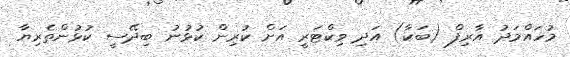
މުހައްމަދު އާރިފް (ބަކާ) އަދި ވިކްޓަރީ އަށް ކުރިން ކުޅުނު ބިދޭސީ ކުޅުންތެރިޔާ